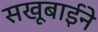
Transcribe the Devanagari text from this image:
सखूबाईने